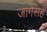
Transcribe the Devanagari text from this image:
जागेसह